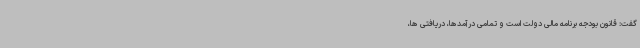
گفت: قانون بودجه برنامه مالی دولت است و تمامی درآمدها، دریافتی ها،